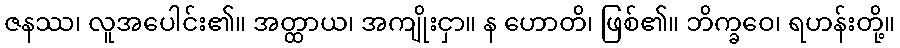
ဇနဿ၊ လူအပေါင်း၏။ အတ္ထာယ၊ အကျိုးငှာ။ န ဟောတိ၊ ဖြစ်၏။ ဘိက္ခဝေ၊ ရဟန်းတို့။